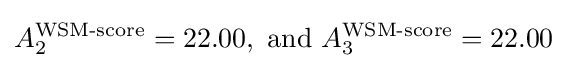
A_{2}^{\text{WSM-score}}=22.00,{\text{ and }}A_{3}^{\text{WSM-score}}=22.00